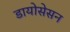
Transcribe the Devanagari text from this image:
डायोसेसन